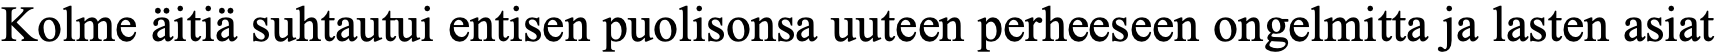
Kolme äitiä suhtautui entisen puolisonsa uuteen perheeseen ongelmitta ja lasten asiat